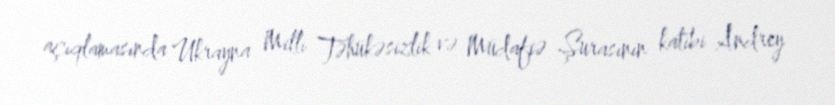
açıqlamasında Ukrayna Milli Təhükəsizlik və Müdafiə Şurasının katibi Andrey